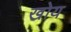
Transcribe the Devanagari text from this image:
खोय